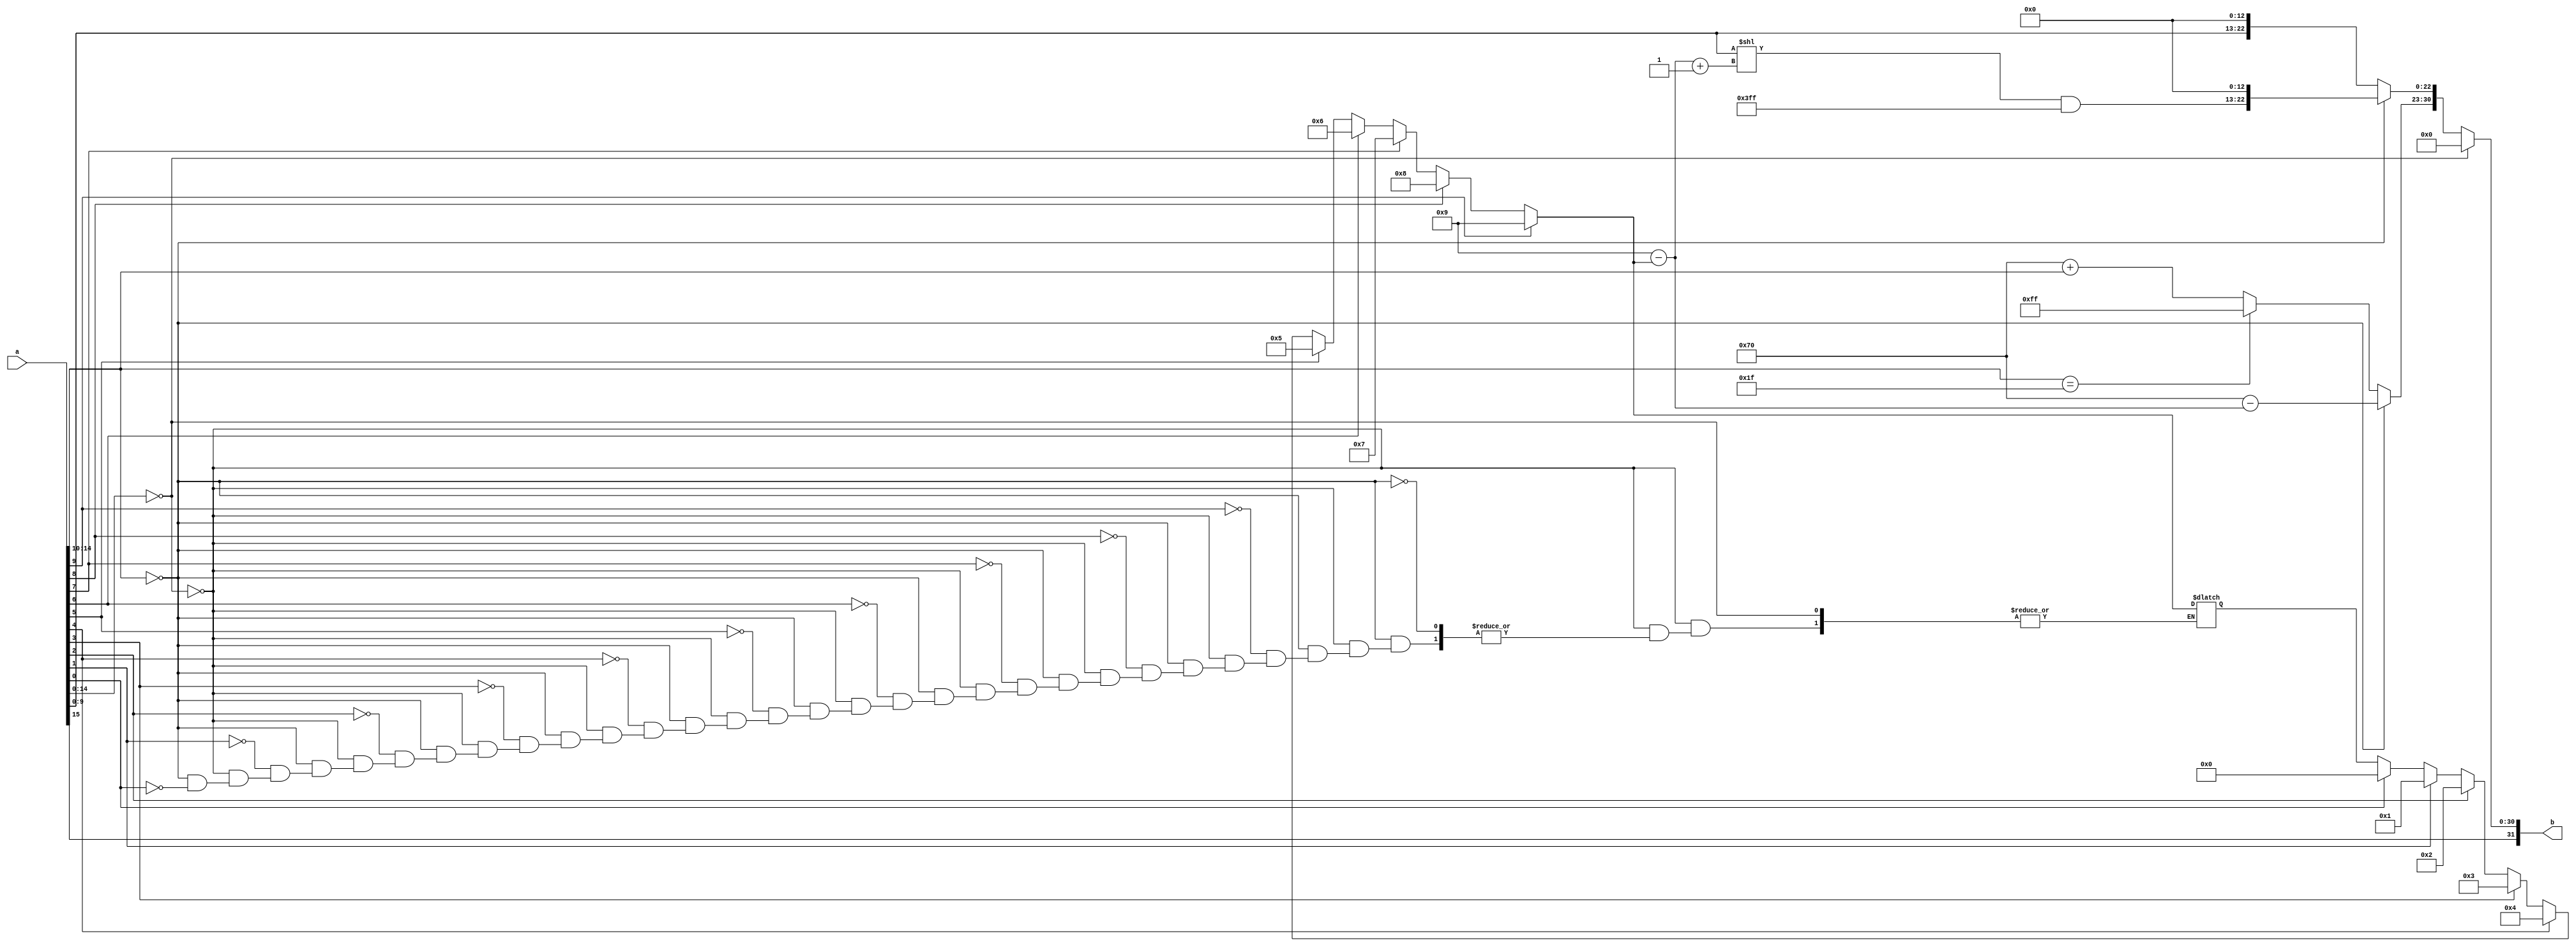
`define BFLOAT16 
`define EXPONENT 8
`define MANTISSA 7
`define EXPONENT 5
`define MANTISSA 10
`define SIGN 1
`define DWIDTH (`SIGN+`EXPONENT+`MANTISSA)
`define AWIDTH 8
`define MEM_SIZE 256
`define MAT_MUL_SIZE 20
`define MASK_WIDTH 20
`define LOG2_MAT_MUL_SIZE 4 
`define BB_MAT_MUL_SIZE `MAT_MUL_SIZE
`define NUM_CYCLES_IN_MAC 3
`define MEM_ACCESS_LATENCY 1
`define ADDR_STRIDE_WIDTH 8

module fp16_to_fp32 (input [15:0] a , output [31:0] b);

reg [31:0]b_temp;
reg [3:0] j;
reg [3:0] k;
reg [3:0] k_temp;
always @ (*) begin

if ( a [14: 0] == 15'b0 ) begin //signed zero
	b_temp [31] = a[15]; //sign bit
	b_temp[30:0] = 31'b0;
end

else begin

	if ( a[14 : 10] == 5'b0 ) begin //denormalized (covert to normalized)
		
		for (j=0; j<=9; j=j+1) begin
			if (a[j] == 1'b1) begin 
			    k_temp = j;	
			end
		end
	k = 9 - k_temp;

	b_temp [22:0] = ( (a [9:0] << (k+1'b1)) & 10'h3FF ) << 13;
	b_temp [30:23] =  7'd127 - 4'd15 - k;
	b_temp [31] = a[15];
	end

	else if ( a[14 : 10] == 5'b11111 ) begin //Infinity/ NAN
	b_temp [22:0] = a [9:0] << 13;
	b_temp [30:23] = 8'hFF;
	b_temp [31] = a[15];
	end

	else begin //Normalized Number
	b_temp [22:0] = a [9:0] << 13;
	b_temp [30:23] =  7'd127 - 4'd15 + a[14:10];
	b_temp [31] = a[15];
	end
end
end

assign b = b_temp;


endmodule